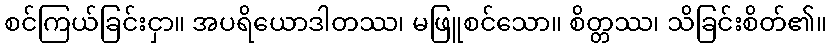
စင်ကြယ်ခြင်းငှာ။ အပရိယောဒါတဿ၊ မဖြူစင်သော။ စိတ္တဿ၊ သိခြင်းစိတ်၏။